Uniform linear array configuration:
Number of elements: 12
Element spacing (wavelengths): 0.75
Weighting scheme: cosine
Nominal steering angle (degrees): -15
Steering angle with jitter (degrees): -15.504
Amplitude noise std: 0.05
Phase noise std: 0.05

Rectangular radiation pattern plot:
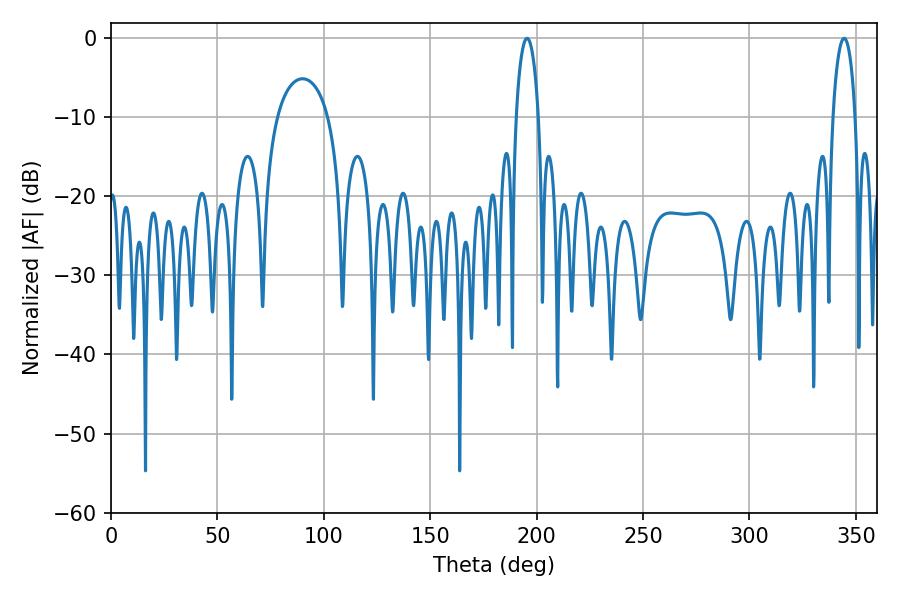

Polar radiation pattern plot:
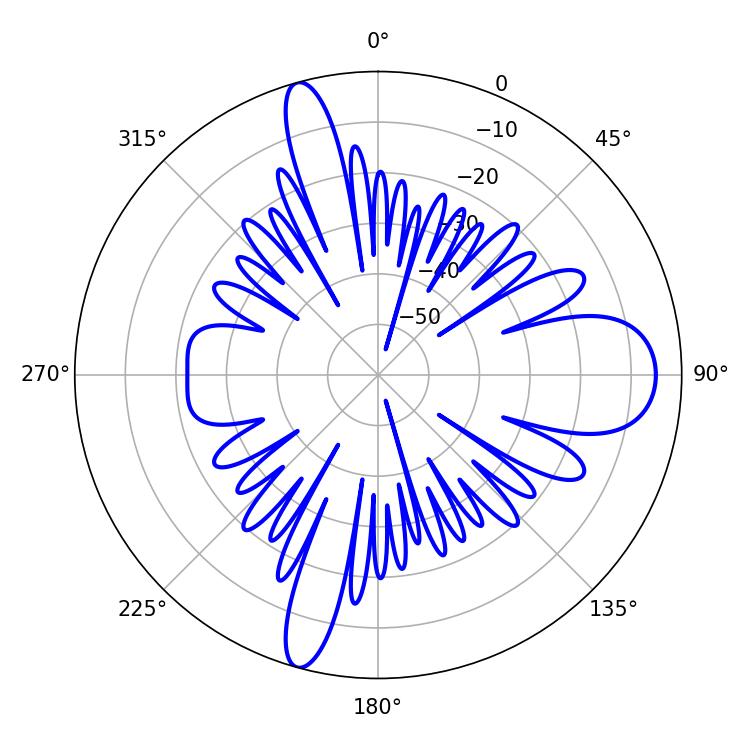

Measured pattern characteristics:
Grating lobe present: TRUE
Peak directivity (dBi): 16.429
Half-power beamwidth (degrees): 5.94
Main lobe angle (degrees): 195.48